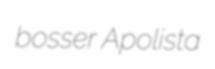
bosser Apolista